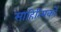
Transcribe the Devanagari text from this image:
साहित्‍यिकों